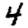
Digit: 4